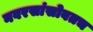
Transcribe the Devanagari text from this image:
नवरसांसोबतच